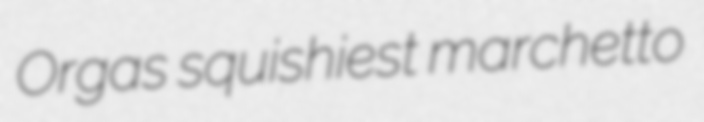
Orgas squishiest marchetto